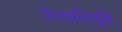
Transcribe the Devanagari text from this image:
जैवप्रतिपुष्टि